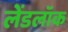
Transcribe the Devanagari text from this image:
लेंडलॉक